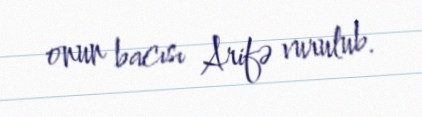
onun bacısı Arifə vurulub.